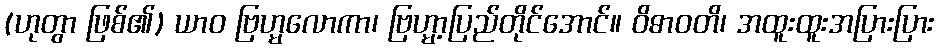
(ဟုတွာ ဖြစ်၏) ယာဝ ဗြဟ္မလောကာ၊ ဗြဟ္မာ့ပြည်တိုင်အောင်။ ဝိဓာဝတိ၊ အထူးထူးအပြားပြား